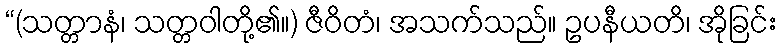
“(သတ္တာနံ၊ သတ္တဝါတို့၏။) ဇီဝိတံ၊ အသက်သည်။ ဥပနီယတိ၊ အိုခြင်း